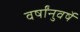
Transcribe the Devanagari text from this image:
वर्षांनुवर्षे